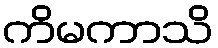
ကိမကာသိ